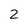
Character: 2